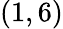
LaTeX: (1,6)